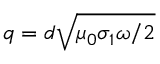
q = d \sqrt { \mu _ { 0 } \sigma _ { 1 } \omega / 2 }